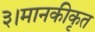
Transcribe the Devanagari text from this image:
३।मानकीकृत